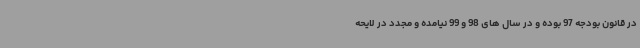
در قانون بودجه 97 بوده و در سال های 98 و 99 نیامده و مجدد در لایحه